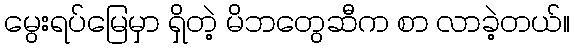
မွေးရပ်မြေမှာ ရှိတဲ့ မိဘတွေဆီက စာ လာခဲ့တယ်။